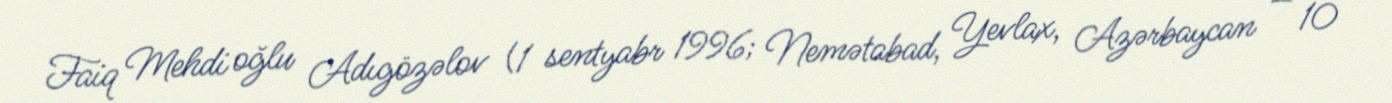
Faiq Mehdi oğlu Adıgözəlov (1 sentyabr 1996; Nemətabad, Yevlax, Azərbaycan — 10